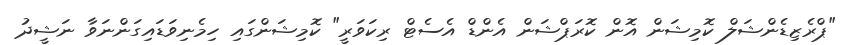
"ޕްރެޒިޑެންޝަލް ކޮމިޝަން އޮން ކޮރަޕްޝަން އެންޑް އެސެޓް ރިކަވަރީ" ކޮމިޝަންގައި ހިމެނިވަޑައިގަންނަވާ ނަޝީދު